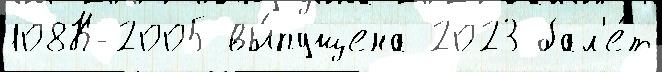
108К-2005 вы́пущена 2023 бал'е́т